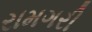
રામગરી